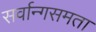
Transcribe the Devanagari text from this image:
सर्वान्गसमता